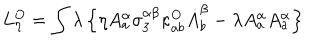
L _ { \eta } ^ { O } = \int \lambda \left\{ \eta A _ { a } ^ { \alpha } \sigma _ { 3 } ^ { \alpha \beta } \kappa _ { a b } ^ { O } \dot { A } _ { b } ^ { \beta } - \lambda A _ { a } ^ { \alpha } A _ { a } ^ { \alpha } \right\}